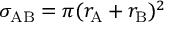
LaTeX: \sigma _ { \mathrm { A B } } = \pi ( r _ { \mathrm { A } } + r _ { \mathrm { B } } ) ^ { 2 }